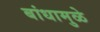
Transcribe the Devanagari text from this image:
बांधामुळे